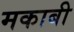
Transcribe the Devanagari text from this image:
मकाबी